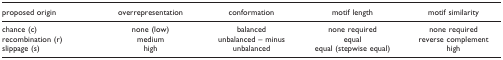
<table><thead><tr><td><b>proposed origin</b></td><td><b>overrepresentation</b></td><td><b>conformation</b></td><td><b>motif length</b></td><td><b>motif similarity</b></td></tr></thead><tbody><tr><td>chance (c)</td><td>none (low)</td><td>balanced</td><td>none required</td><td>none required</td></tr><tr><td>recombination (r)</td><td>medium</td><td>unbalanced – minus</td><td>equal</td><td>reverse complement</td></tr><tr><td>slippage (s)</td><td>high</td><td>unbalanced</td><td>equal (stepwise equal)</td><td>high</td></tr></tbody></table>